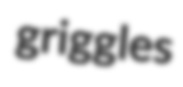
griggles